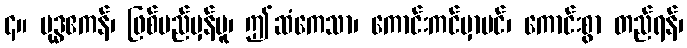
၄။ ဗုဒ္ဓဧကန်၊ ဖြစ်မည်မှန်မူ၊ ဤဆံကေသာ၊ ကောင်းကင်မှာပင်၊ ကောင်းစွာ တည်ရန်၊